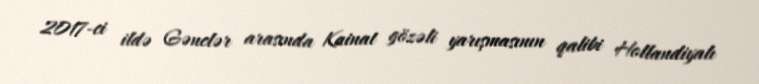
2017-ci ildə Gənclər arasında Kainat gözəli yarışmasının qalibi Hollandiyalı